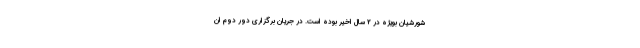
شورشیان بویژه در ۲ سال اخیر بوده است. در جریان برگزاری دور دوم ان